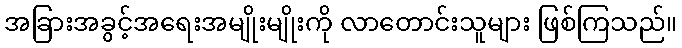
အခြားအခွင့်အရေးအမျိုးမျိုးကို လာတောင်းသူများ ဖြစ်ကြသည်။